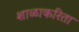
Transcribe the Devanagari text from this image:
शाळाकरिता